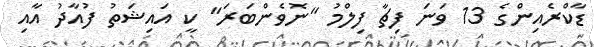
ޑާކްރެއިންގެ 13 ވަނަ ފިޗާ ފިލްމު "ނޮވެންބަރަ" ކީ އައިޝަތު ފުއާދު އާއި